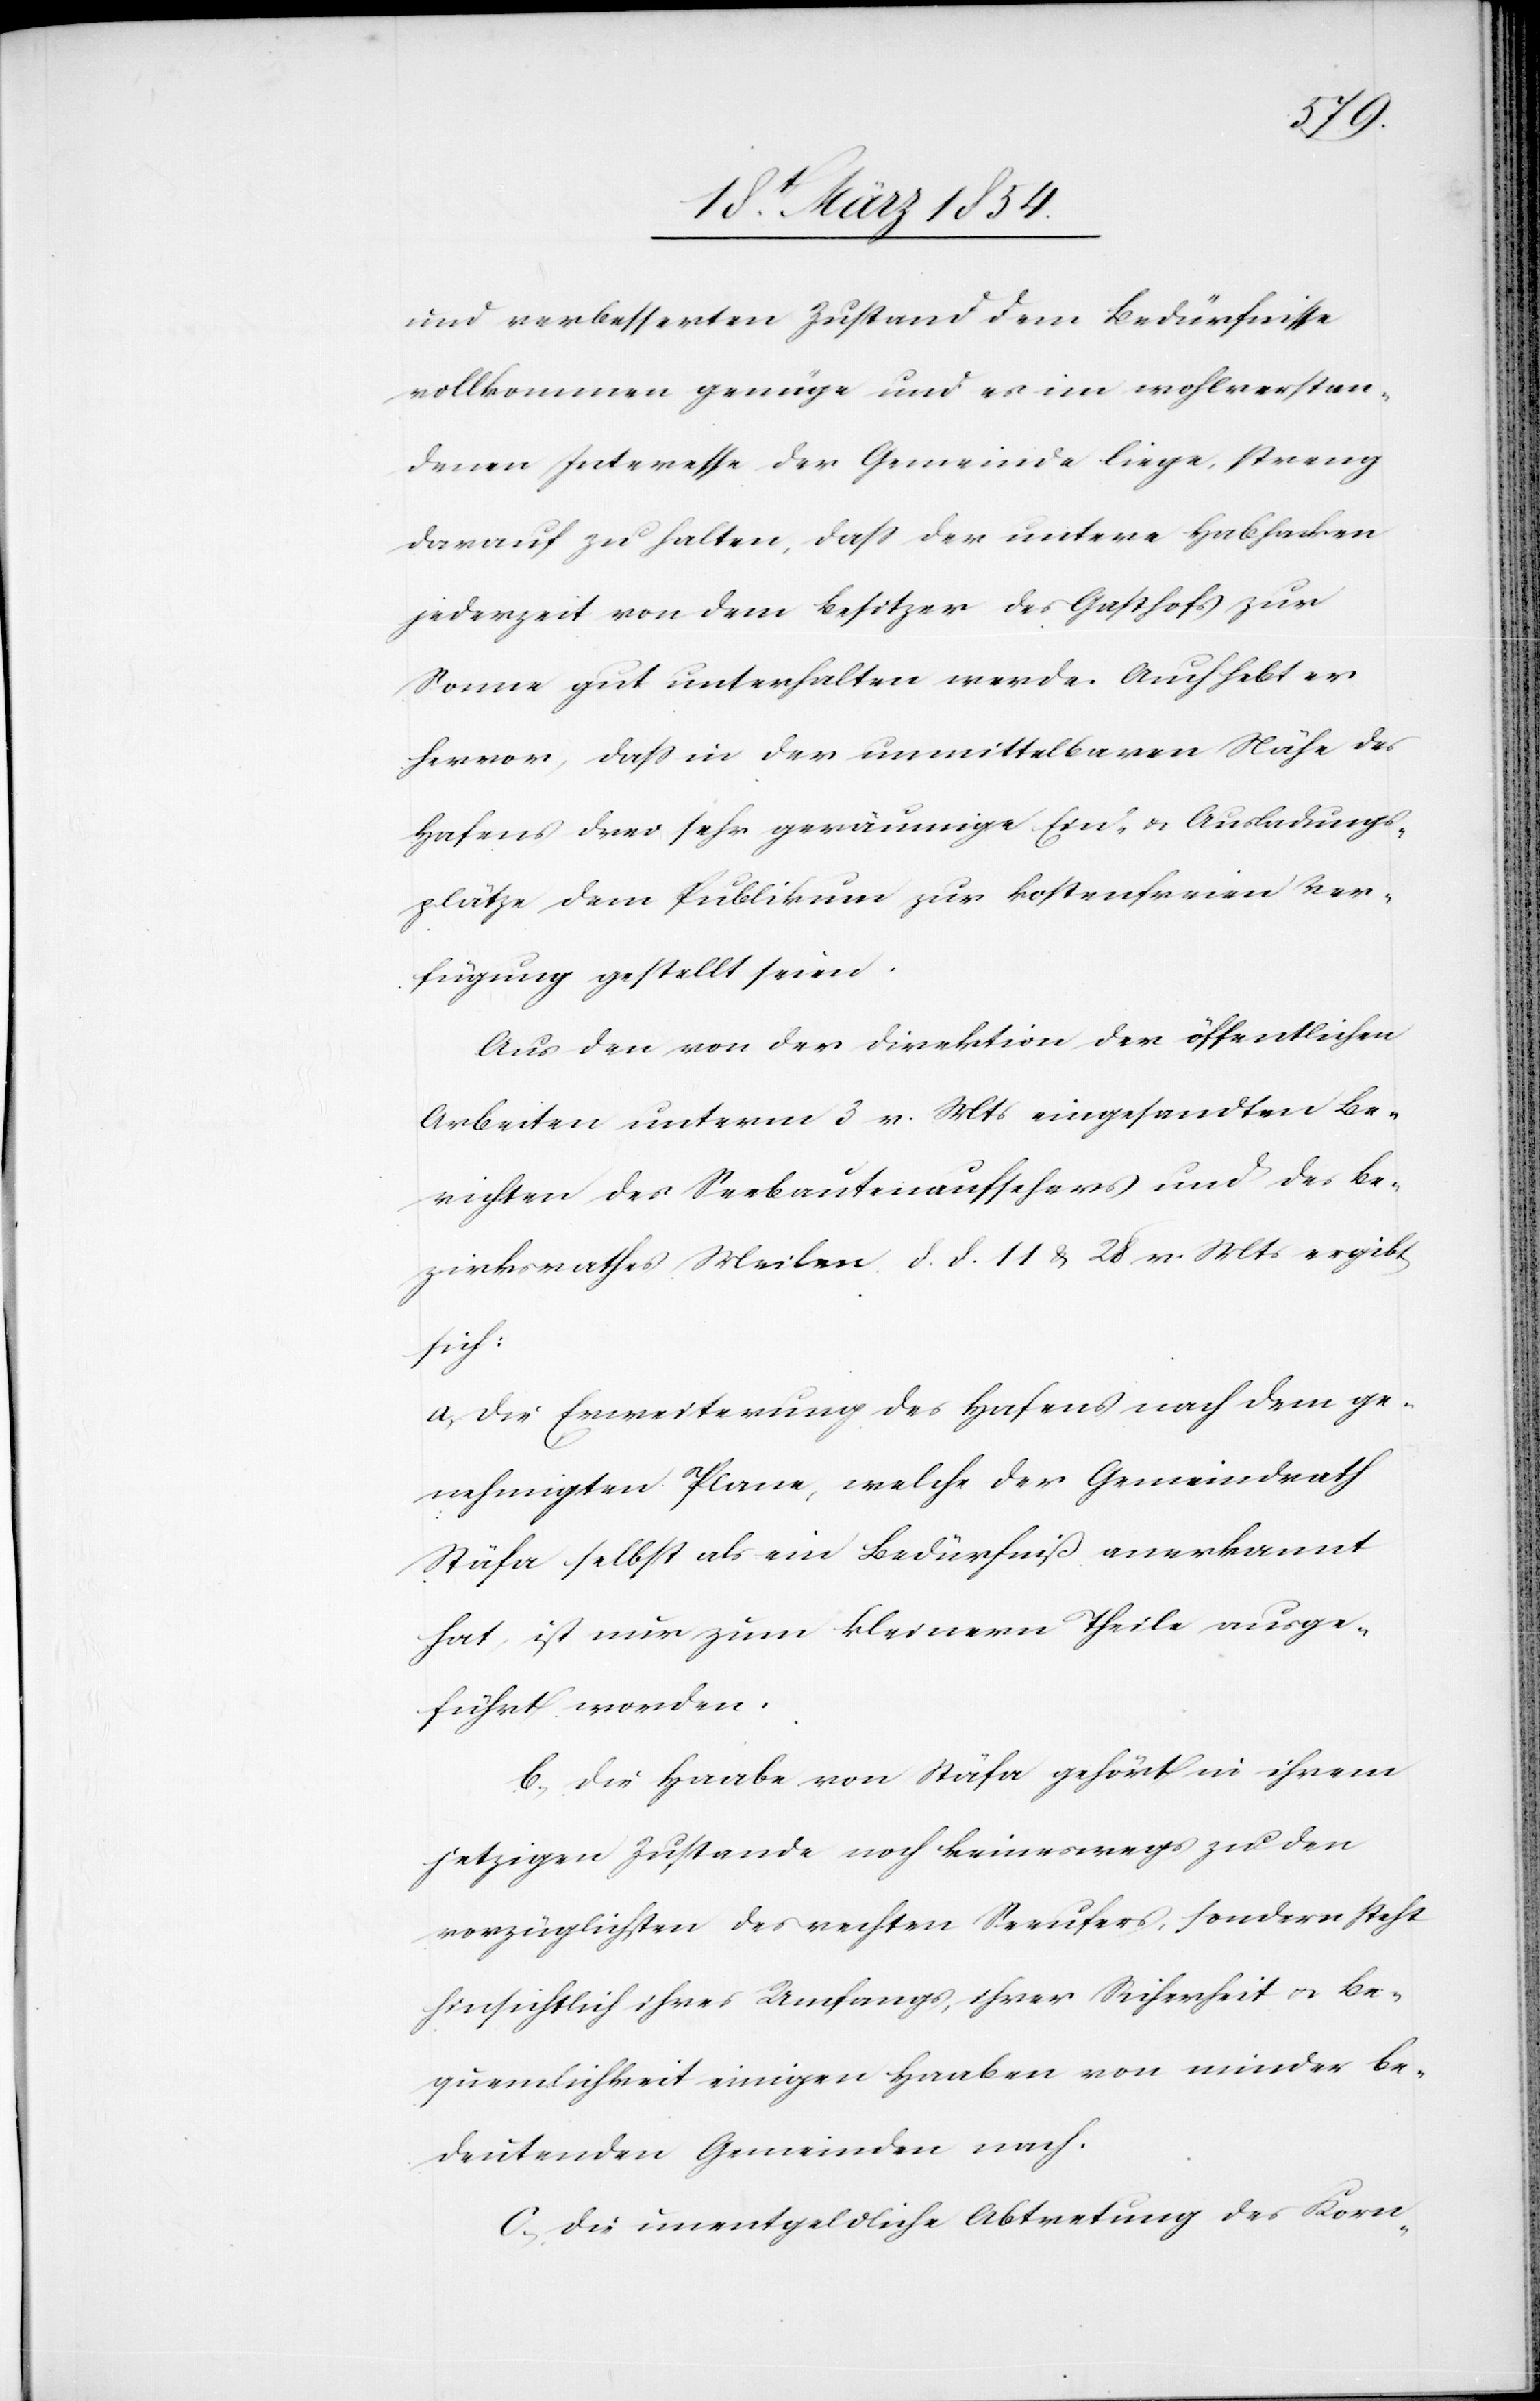
und verbesserten Zustand dem Bedürfnisse
vollkommen genüge und es im wohlverstan¬
denen Interesse der Gemeinde liege, streng
darauf zu halten, daß der untere Habhacken
jederzeit von dem Besitzer des Gasthofs zur
Sonne gut unterhalten werde. Auch hebt er
hervor, daß in der unmittelbaren Nähe des
Hafens drei sehr geräumige Ein- & Ausladungs¬
plätze dem Publikum zur kostenfreien Ver¬
fügung gestellt seien.
Aus den von der Direktion der öffentlichen
Arbeiten unterm 3 v. Mts eingesandten Be¬
richten des Seebautenaufsehers und des Be¬
zirksrathes Meilen d. d. 11 & 28 v. Mts ergibt
sich:
a) Die Erweiterung des Hafens nach dem ge¬
nehmigten Plane, welche der Gemeindrath
Stäfa selbst als ein Bedürfniß anerkannt
hat, ist nur zum kleinern Theile ausge¬
führt worden.
b) Die Haabe von Stäfa gehört in ihrem
jetzigen Zustande noch keineswegs zu den
vorzüglichsten des rechten Seeufers, sondern steht
hinsichtlich ihres Umfangs, ihrer Sicherheit u. Be¬
quemlichkeit einigen Haaben von minder be¬
deutenden Gemeinden nach.
c; Die unentgeldliche Abtretung des Korn-